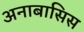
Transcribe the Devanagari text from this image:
अनाबासिस